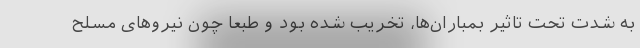
به شدت تحت تاثیر بمباران‌ها، تخریب شده بود و طبعا چون نیروهای مسلح